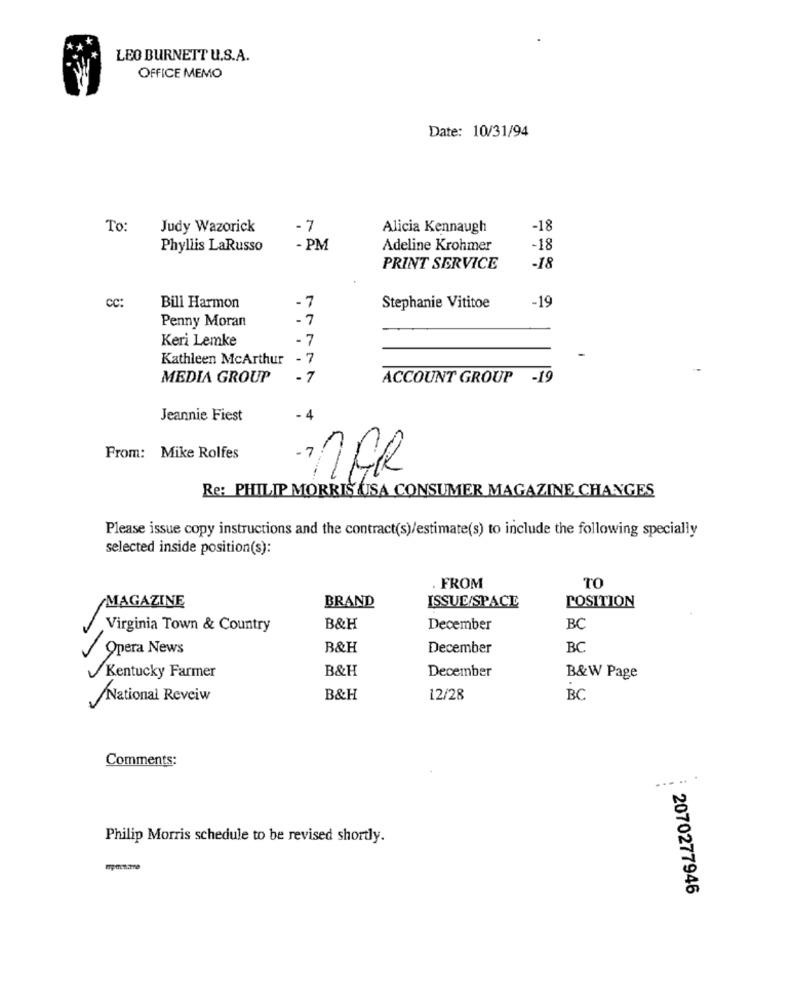
LEO BURNETT U.S.A.
OFFICE MEMO
Date: 10/31/94
To:
Judy Wazorick
-7
Alicia Kennaugh
-18
Phyllis LaRusso
- PM
Adeline Krohmer
-18
PRINT SERVICE
-18
Cc:
Bill Harmon
-7
Stephanie Vititoe
-19
Penny Moran
- 7
Keri Lemke
- 7
Kathleen McArthur
- 7
MEDIA GROUP
.7
ACCOUNT GROUP -19
Jeannie Fiest
Prom: Mike Rolfes
Re: PHILIP MORRIS USA CONSUMER MAGAZINE CHANGES
Please issue copy instructions and the contract(s)/estimate(s) to include the following specially
selected inside position(s):
. FROM
TO
MAGAZINE
BRAND
ISSUE/SPACE
POSITION
Virginia Town & Country
B&H
December
BC
V
Opera News
B&H
December
BC
B&H
December
Kentucky Farmer
B&W Page
National Reveiw
B&H
12/28
BC
Comments:
..... .
Philip Morris schedule to be revised shortly.
2070277946